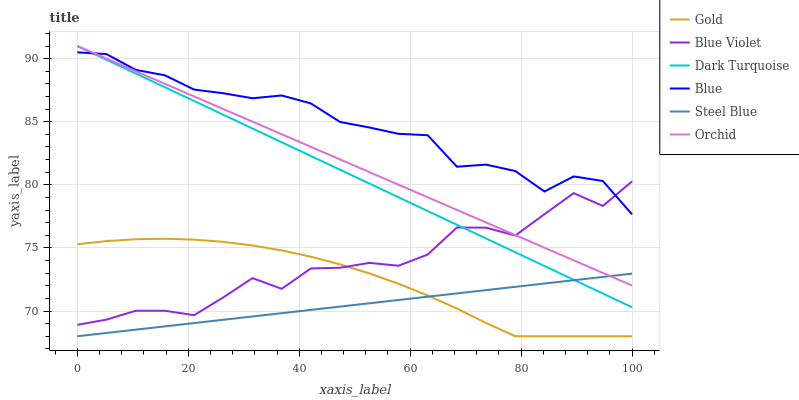
| xaxis_label | Gold | Blue Violet | Dark Turquoise | Blue | Steel Blue | Orchid |
 | --- | --- | --- | --- | --- | --- | --- |
 | 0 | 75.3 | 68.9 | 91 | 90.5 | 68 | 91 |
 | 5.26 | 75.5 | 69.3 | 89.9 | 90.4 | 68.3 | 90 |
 | 10.5 | 75.7 | 70 | 88.8 | 89.1 | 68.5 | 89 |
 | 15.8 | 75.7 | 70 | 87.7 | 88.7 | 68.8 | 88 |
 | 21.1 | 75.7 | 69.7 | 86.6 | 87.5 | 69 | 87 |
 | 26.3 | 75.5 | 71.1 | 85.6 | 87.3 | 69.3 | 86 |
 | 31.6 | 75.2 | 72.6 | 84.5 | 86.9 | 69.6 | 85 |
 | 36.8 | 74.8 | 71.8 | 83.4 | 87.1 | 69.8 | 84 |
 | 42.1 | 74.3 | 73.4 | 82.3 | 86.4 | 70.1 | 83 |
 | 47.4 | 73.7 | 73.4 | 81.2 | 85 | 70.4 | 82 |
 | 52.6 | 73 | 73.8 | 80.1 | 84.5 | 70.6 | 81 |
 | 57.9 | 72.2 | 73.6 | 79 | 84 | 70.9 | 80 |
 | 63.2 | 71.2 | 74.5 | 77.9 | 83.9 | 71.1 | 79 |
 | 68.4 | 70.2 | 76.6 | 76.8 | 81.4 | 71.4 | 78 |
 | 73.7 | 69.1 | 76.6 | 75.7 | 81.6 | 71.7 | 77 |
 | 78.9 | 68 | 76 | 74.7 | 81.1 | 71.9 | 76 |
 | 84.2 | 68 | 77.7 | 73.6 | 79.5 | 72.2 | 75 |
 | 89.5 | 68 | 79.3 | 72.5 | 80.7 | 72.4 | 74 |
 | 94.7 | 68 | 78.3 | 71.4 | 80.3 | 72.7 | 73 |
 | 100 | 68 | 80.3 | 70.3 | 77.7 | 73 | 72 |